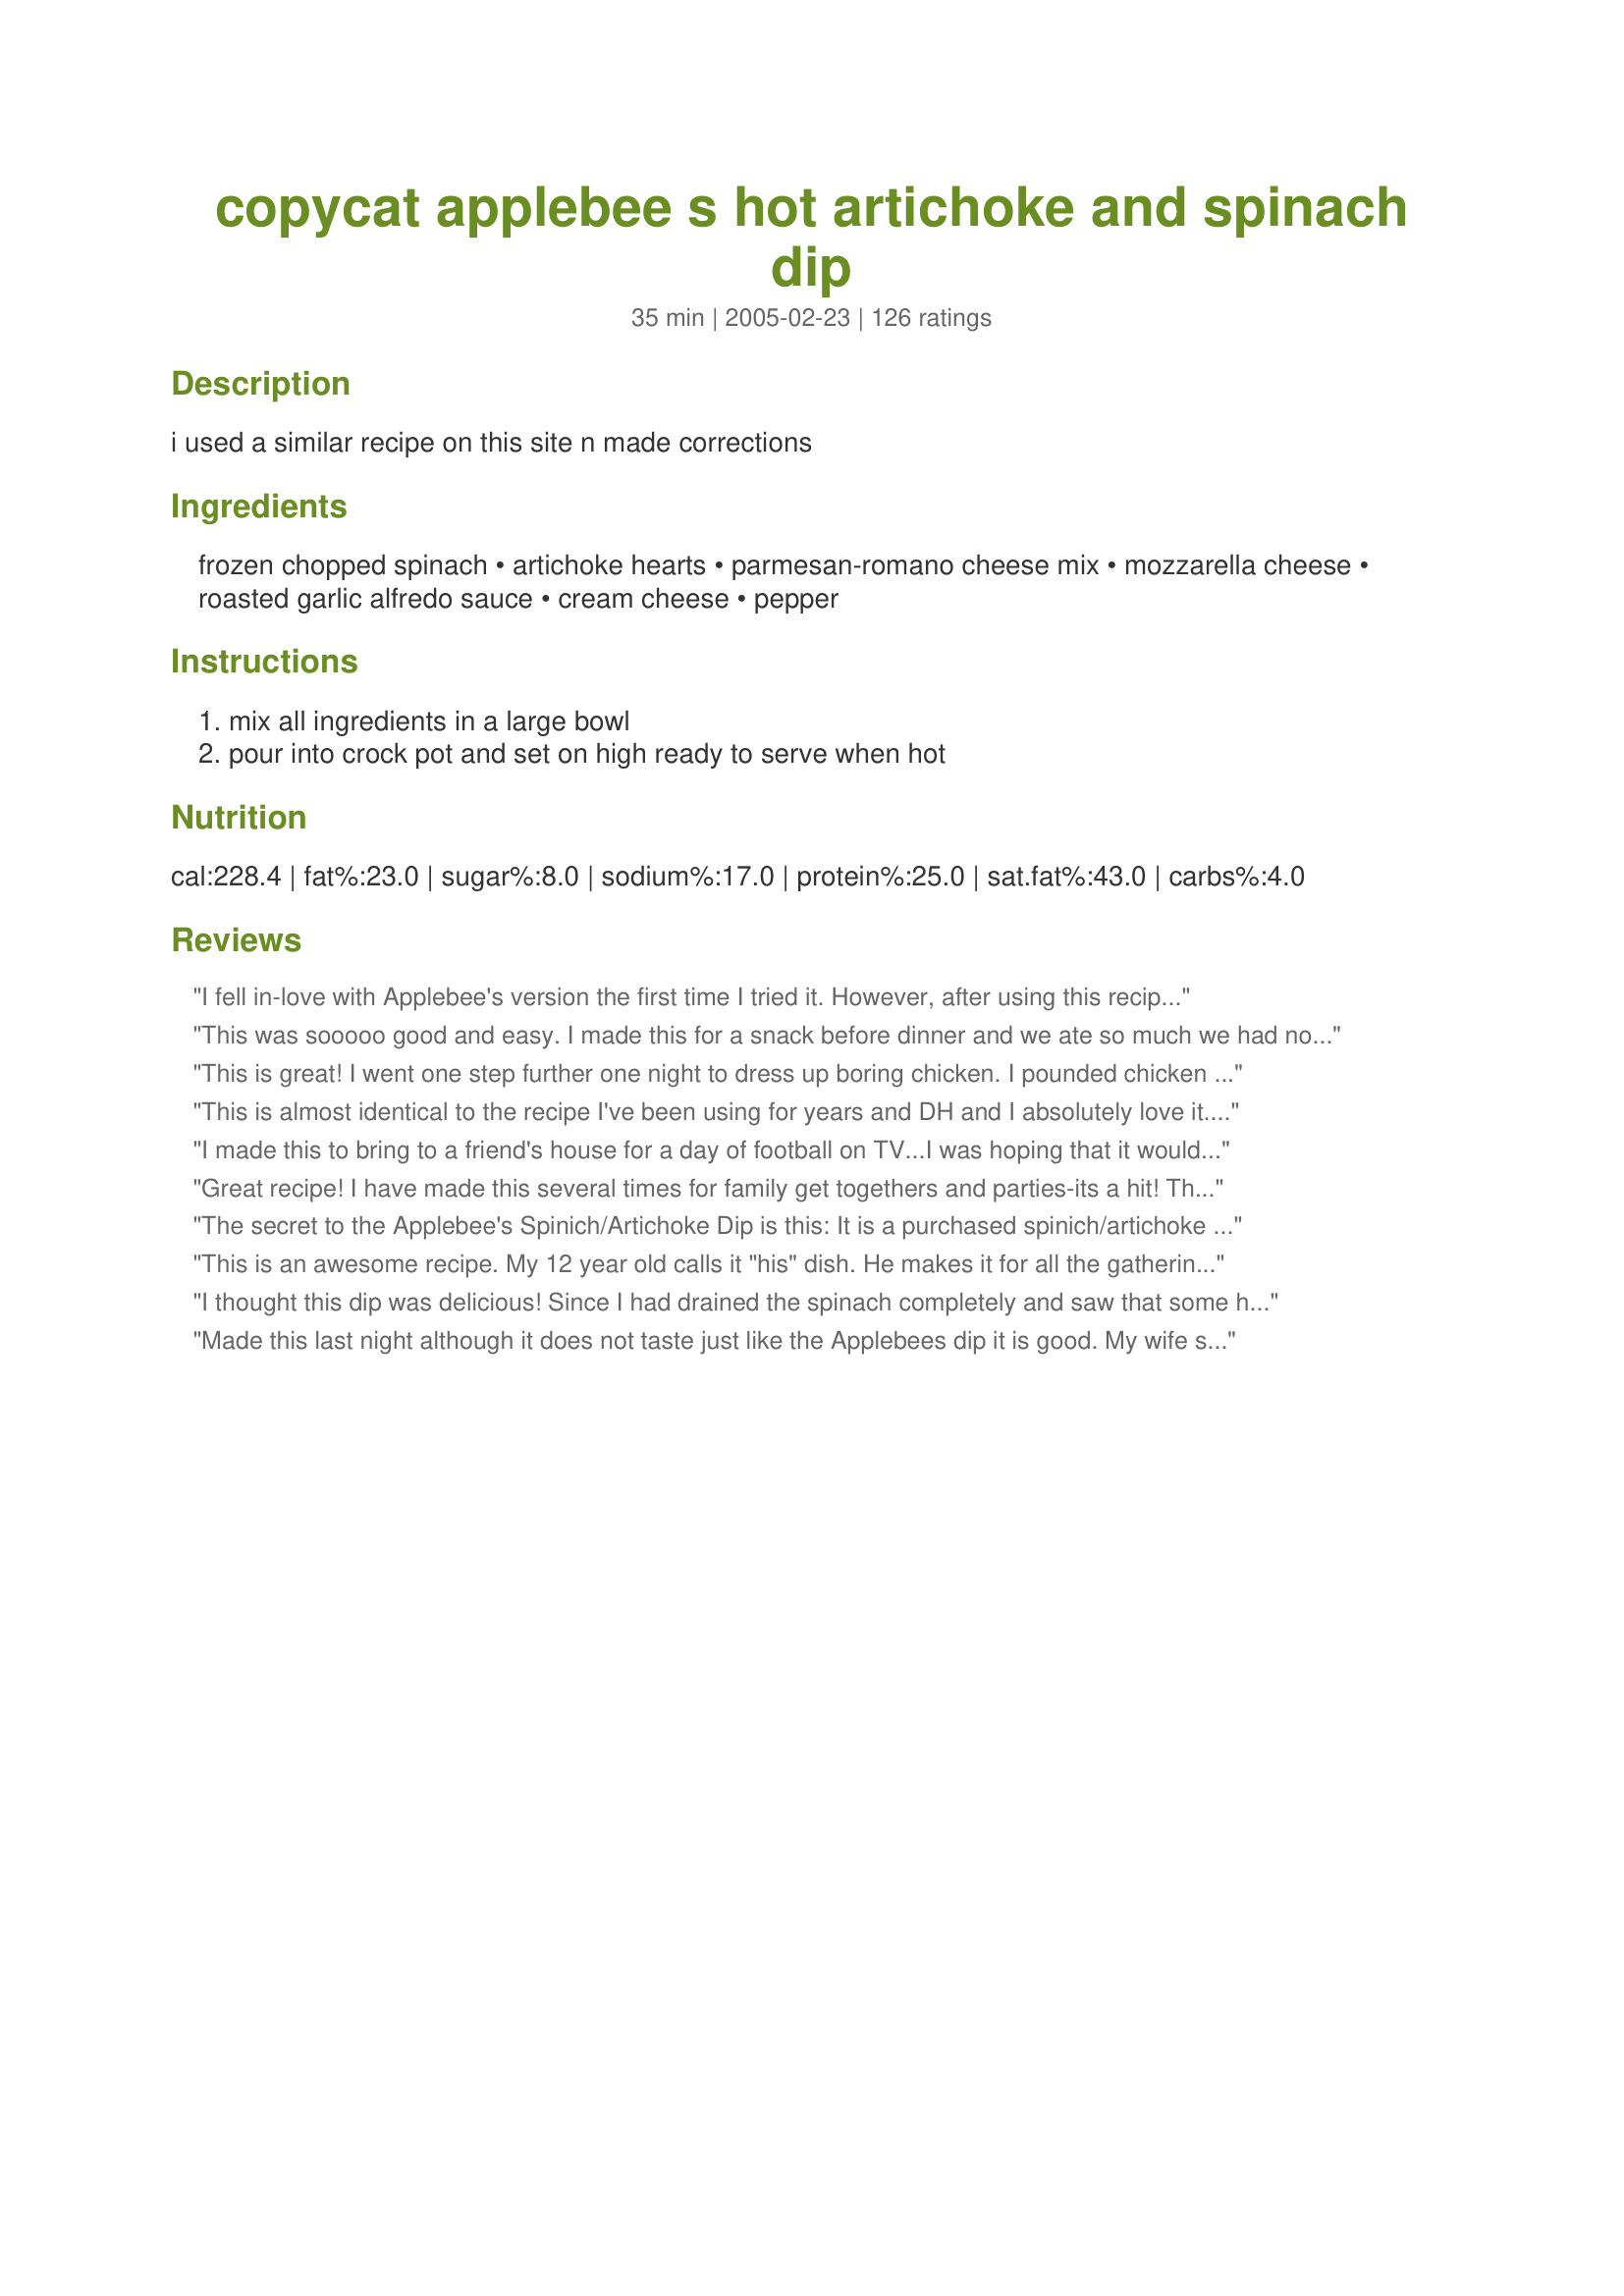
copycat applebee s hot artichoke and spinach dip
Preparation time: 35 minutes

i used a similar recipe on this site n made corrections

Ingredients:
frozen chopped spinach, artichoke hearts, parmesan-romano cheese mix, mozzarella cheese, roasted garlic alfredo sauce, cream cheese, pepper

Steps:
mix all ingredients in a large bowl, pour into crock pot and set on high ready to serve when hot

Reviews:
I fell in-love with Applebee's version the first time I tried it. However, after using this recipe, I realized that this one is soooo much better than the restraunts version. I usually end up doubling the recipe when I have a gathering, and so far, everyone (even those that hate spinach) have loved it.
This was sooooo good and easy. I made this for a snack before dinner and we ate so much we had no room for dinner. lol thanks for a great recipe.
This is great! I went one step further one night to dress up boring chicken. I pounded chicken breasts really thin and then filled them with this dip and rolled them up and baked them topped with swiss cheese and bread crumbs. The anti veggie people in my house loved it. Thanks! Cheryl in NJ
This is almost identical to the recipe I've been using for years and DH and I absolutely love it. I cook everything in a pan on the stove and just when everything comes together and the cheeses have completely melted I give it a very generous dose of lemon juice and a few dashes of tabasco. The lemon juice really brightens it up and gives it a nice little zing against the heaviness of all the chesse and alfredo sauce. Then I put it in an oven-safe bowl and bake in a low oven until I'm ready to serve. Fabulous!!
I made this to bring to a friend's house for a day of football on TV...I was hoping that it would go over well with the men despite it being meat-free, and it did. They DEVOURED this. They kept saying things like, "hope you weren't planning on taking any of this home!" I did mess with the proportions of the ingredients until it had the consistency I wanted, but didn't change any of the ingredients. I added extra cheese and sauce and upped the veggie content a bit. I served it with pita chips. My husband has already asked me to make it again. :)
Great recipe! I have made this several times for family get togethers and parties-its a hit! The first few times I made it, I baked it in the oven then let it sit in the crockpot throughout the party. It was good, but eventually got pretty gross looking. I found that mixing the ingredients and microwaving small batches throughout the party is the way to go. It tastes the same as baking, but you can keep it fresh looking and tasting (not to mention it is a lot easier and quicker!).
The secret to the Applebee's Spinich/Artichoke Dip is this: It is a purchased spinich/artichoke dip with all the ingredients listed PLUS, during the preparation, the prep cook adds 1 additional cup of freshly grated Parmesan Cheese. Also, if not thin enough, adds a little condensed milk or more alfredo sauce to thin to proper consistency.
This is an awesome recipe. My 12 year old calls it "his" dish. He makes it for all the gatherings we have at our house over the past couple of years and it's always a huge hit. I kid you not, I once put it out as an appetizer and by the time I brought the meal to the table people were literally using their fingers on the bottom of the dish to get all the dip out! This is a recipe to try!
I thought this dip was delicious! Since I had drained the spinach completely and saw that some had indicated the recipe was &quot;dry&quot;, I did add a bit of milk to the mixture. It came out perfect! Will definitely be making this dip again!
Made this last night although it does not taste just like the Applebees dip it is good. My wife says it is better that Applebees because it has more flavor. You deiced for yourself.
I made this dip before and it was a big hit. I am making it again for 
Super Bowl Party
Not a hit in my house. Too much cream, not enough spinach. A little bland. Cooked as original recipe instructed.
5 stars by all! DH ate 1/3 himself, ha!
It's the best. My daughter requested artichoke dip for her birthday and I made this recipe and everyone loved it. I had some non dip lovers converted. I mixed all the ingredients up early before the party and then put it in the crock pot on low for 2 hours and it was perfect.
I love the applebee's dip and this is just like it. Unless you're cooking for a crowd, this makes A LOT! I cut it in half. Leftovers are great as a spread on a sandwich.
I found this on the internet &amp; it was very good. Of course I added some asiago, romano and parmesan cheese to make it really sharp. Also, this was a large serving and we had enough for a couple of days/meals.
This is so yummy. I can't stand mayo, so I was very excited to find a recipe that didn't have mayo in it. VERY easy to prepare! I made a triple batch for my sister in laws baby shower (25 people) and it was gone within an hour and just about everyone asked where I found the recipe. :) I know that some people tweeked it a little and I did you an Italian blend cheese instead of just the Parmesan/Romano and that was mostly because it was the only shredded blend with the two that I could find at my grocery store. Turned out to be creamy and had a great flavor. Totally recommend this!! :)
This was great and tasted just like Applebees's! I used canned spinach instead of frozen (that's what I had on stock) and it was just as great. I added a little bit more of all the cheeses because my boyfriend and I love cheese, but this made enough to feed 8-10 people. Also a small frozen version of this at the store was $4, so this was WAY cheaper and WAY better than any frozen dip...we will DEFINITELY be making this again.
I got this recipe from AllRecipes.com years ago, and it's the only one I use! It is THE BEST spinach and artichoke dip hands down!
I have been wanting to try a recipe for this for a very long time. Because the ingredients are expensive I have been incredibly apprehensive about it. I finally gave in and tried this one out of about 4 I found that I liked. I AM SO HAPPY I TRIED THIS!! I added a little bit more garlic and less artichokes, but is was amazing. Thank you so much...everyone must try this!
My own recipe hot artichokes spinach dip recipe blows this one out of the water. This one is boring in comparison. And all restaurants charge a fortune for it, only give you a very small amount, and doesn't taste anywhere near as good as mine!!
As written this recipe is a bit less than stellar, however with a bit of tweaking and subbing the base idea is great. I make this or at least use this base recipe once in a while whenever I get a craving for SA dip. Changes noted below.
Fantastic - and it makes a lot! Good thing!
Not the same as Applebee's, but VERY good!!!!! Super creamy and cheesy!!!! Have made a couple times. Will make again. Have some of the ingredients on hand just for this recipe!
Excellent dip!! My husband and I loved it. I will make this for my next party. THANKS
Have been using this recipe for years to rave reviews!!
This recipe is amazing- and I am OBSESSED with the Applebees version!! Everyone who tries it falls in love with it. I make it for every potluck and party I go to. Its amazing fresh and piping hot, and JUST as good if not better heated up for days!
I've made this 3 times now and love it. It's so hard to stop eating it!
I have made this many times, and it's always a hit! The Alfredo sauce lets you add a lot of flavor and creaminess without too much work! Thanks!!!!
My sister-in-law loves artichoke spinach dip and would use a recipe she had. After reading numerous recipes on this site, I decided to try this out this recipe. I am giving this 5 stars (wish I could give it more). It is creamy, cheesy, and delicious.
I love this recipe! I made it today for a holiday party, and accidently tossed it WAY too much Mozzarella cheese, and it was like a congealed mass. I added another jar of alfredo sauce and another 4 or of cream cheese. It turned out wonderful! I had 6 people ask for the recipe! Oh, I also put the spinach and artichoke hearts together in my food processor before adding them. My kids would never eat spinach because it was so stringy, but this way they ate and complimented me on the dip!

Thanks for a wonderful recipe!!!!!
I used Buitoni's light alfredo sauce (in the refrigerated section), some preshredded romano/pecorino/parmesan cheeses, and then I shredded my own mozzarella. I did not drain the spinach. I microwaved the cream cheese slightly to soften it. I mixed everything with my hands. It was perfect!
wOw!! This recipe is great and extreamly easy!! One thing just make sure you soften the cream cheese for a while because I forgot to do so and ended up with clumps of cream cheese (which I didnt mind) but just incase others do! I will definetly be makeing this over and over again!! thanks for the recipe!
Well, you have accomplished the impossible. You have found a recipe that I love so much that I am willing to join a gym just so that I can continue to inhale it by the chipfull every day. Thanks for sharing this wonderful recipe. I have died and gone to artichoke heaven!
So delicious! I made this tonigt for our Super Bowl buffet table and it was love by all. Thank you for much for sharing this yummy dip with us.
I followed the recipe exactly beyond doubling it. This dip is absolutely incredible! So fast, so easy and way beyond delish! Everyone loved it and when it was gone, they wanted to know if I had more! I am sooo glad there is no mayo in this!!&lt;br/&gt;&lt;br/&gt;Note to self: Triple the recipe at the next Super Bowl Party!!
This is sooo good! It will go quickly and everyone will want the recipe!

I double the ingredients for this the receipe for a gathering that I had. Everyone loved it, including my cousin who loves the Applebee's version. She wanted a copy of this receipe. I would do this receipe again. Thank you!
We LOVE this recipe!! Super easy to make! We double the batch b/c it goes FAST! :)
If this didn't have the artichoke hearts it would taste just like what they make at Cheddars. I again did not use the artichokes and it was still a great dip. This recipe is a keeper.

Made for Fall PAC '07.
This is a very nice tasting dip. I'm not a big fan of strong tasting dips and tried making a different artichoke recipe I ended up thorwing out for that reason. This one is not too strong and not too mild and a great one to fine tune later to your own tastes. Changes I Made: For the alfredo sauce all I used Bertolli Mushroom Alfredo. For the spinach sinced I made half the recipe only I used 1 (14 oz) can of spinach drained very well. That amounts to a little over 1/2 a cup of spinach when drained which was perfect. For the cheese I used a grated Italian mix which had both cheeses in the recipe and one extra, I think it was agasio. Definite keeper, Thanks!
Made two pans of dip for a Christmas gathering with family. It was gone within 20 minutes. Made for Christmas Day with husband and children. This was great!! Will definitely make again.
This is the best recipe ever. I use to go to Applebee's ALL the time to get the spinach artichoke dip, and now since I have found this, I can make it at home with my husband and save SOOOO much money. I love this recipe.
This dip was fantastic, went over all the other dips on New Years Eve!
I loved how it turned out!!
Just as described! Yummy! Took it to a playdate for my son and my friends loved it as much as I did. Will make again!
Delicious and so rich! I'm so glad I found this recipe!
The best dip, of any kind, in the entire universe.
Its easy
Simple
Tastes great.
You will love it
OMG! This recipe had me hooked from the very first time I made it. Apparently I am not the only one either; my friends devoured a double portion in less than a half hour at a Super Bowl party once and every time I make this dip for someone new they hound me to make it again. The only way to get them to leave me alone is to give them this easy and delicious recipe!
My DH loves this Applebee's appetizer, so he was very pleased when I made it for him! Great recipe, and thanks for sharing!
Yep! This is it - so tasty! I made this and used it as a spread for my own version of their Veggie Patch Pizza. This was perfect.
I tried this last night. I am new to cooking and it came out absolutely delicious. It was heavenly!
not sure what went wrong used fresh shredded cheeses but it was a bit sour to me not even close as good as Apple Bees But maybe because wife bought bottled Artichoke hearts or maybe because she cooked it in the crock pot . Oh well it was worth a shot . Next time
I made a spinach/artichoke dip on my own but it was missing something so came here to research and found this recipe. In my version, I sauteed chopped green onions and minced garlic in olive oil, then added thawed chopped spinach and chopped artichoke, 6 ounces cream cheese, 1/2 cup parm/romano grated cheese, 1/4 c bacon bits, 1 chopped baked chicken breast, 3 slices Swiss cheese. Melted all together on stove top. Wasn't creamy enough so added a dollop of sour cream and a big handful of &quot;Italian blend&quot; shredded cheese. Dumped into baking dish and baked at 350 until bubbling through. Had great flavor but not creamy, so going to add some Alfredo sauce to leftover dip. It's just me here and it made about 2 quart, so there's plenty left.
Loved it!! Bring it for Thanksgiving. I also like broiling it for the last 2 minutes. I also recommend chopping the artichokes finally. I also added 1/2 cup of grated Parmesan; it came out great! Very easy receipt! Coming from someone who is not much of a cooker.
I found this recipe a few years ago when I was craving Applebee&#039;s spinach and artichoke dip during my pregnancy and I fell in love with it! Personally I think it&#039;s 100 times better than Applebee&#039;s. I make it all the time now. For parties, tailgates, get togethers or just for dinner when my husband and kids ask for it. I recently used it as a pizza topping and it was HEAVEN!!! Everyone asks me for the recipe whenever I bring it to parties. I&#039;ll recommend this recipe until the day I die.
It was pretty and some liked it fine, but, in general, I wasn't pleased...too salty, too strong a flavor of both spinach & artichoke (and I like both)!
I made this for our Easter Potluck (yesterday), and boy it was gone in less than 30 minutes!! I doubled the recipe to 20 servings. I followed one of the other reviewers tip and broiled the dish at the end for about 2 minutes. I'm more of a garlic person, so next time, I think i'll more garlic. I also used kraft shredded parmesan romano and asiago cheese, just because it sounded good! But overall, it was delicious!!!! I prefer bread than tortilla chips =) Thanks for the recipe!!
It is AWESOME!!! I made it for a cookout I had and my guests couldn't quit eating it!
I love how this has no mayo, this is so delicious!
Wow...this was wonderful!!!
I made this for a baby shower on saturday. I put it together on friday and just baked it before the shower. The only changes I made was to use garlic powder instead of fresh (thought I had some and I didn't). I think next time I will rince off the artichokes before chopping and adding to the dish. I also think I would add a little more alfredo sauce. All in all it was very well recieved and there were no leftovers. <br/>Thanks for such an easy dip!
Made this for a party last night. The dip was gone after 10 minutes and people couldn&#039;t stop talking about how good it was. Now I know to double or triple for next time!
While we enjoyed this spinach dip, after it baked for 25 minutes, I found that it was not as creamy as the restaurant versions. I used the low-fat Ragu Alfredo Sauce, so the next time, I'll use the full-fat version in order to get the creaminess that Applebee's serves.
I have tried other recipes, but this one is hands down my favorite. I follow the recipe, except I put closer to 1 Tbsp of minced garlic. YUM!
Fantastic!! Even better after it sits for a few days. Broiled for the last two minutes to brown the cheese. Just awesome. I'm going to make it for my graduation party too! Thanks!!
**Edit**
I wanted to bring this to work one day but didn't have oven access so I threw all the ingredients in my crockpot and let them go. If I'm in a hurry I'll turn it on high for 30-45 minutes, otherwise it's on low for about an hour, maybe a little more. Very easy and a triple batch fits perfect! Thanks again!
Awesome recipe! We keep this in our rotation of meals! Followed the recipe to the "T" and it was DELICIOUS!...I love it! I had no problem with "prepared alfredo sauce". I tried the nutmeg on top though, and that was disgusting.
Love it! Love it! Love it! When I make this for get together every body is so happy. YOu would think that I just made a really difficult thing.
Perfect! I found this yesterday as I was looking for a good Artichoke Spinach Dip. I made it last night for a football viewing party - everyone loved it. I'm getting ready to send it to at least 4 people! 
Super easy and great tasting with easy to find ingredients. I'm tempted to make it again tonight for myself!
I made this New Year's Eve and everyone loved it. I also had to send the recipe out.

Thanks for sharing = )
This is the best I have taken this recipe to so many parties, and I get the same reaction. Everyone standing over the table at this dish.lol 
I have given this recipe out to so many people its ridiculous.
This is so good!
5 stars from every member of the family!! Now that's a great recipe. I did add some extra garlic, just because we always do. I doubled the recipe and baked in a 8 x 13 pyrex pan for the regular time listed. Turned out perfect.
This is so good, and tastes just like the Applebee's version! One thing I did that made it even better was sprinkling the top with more cheese once it was done cooking, then browning it under the broiler. Delicious!
Good, but definitely not the Applebee's recipe. Used the whole 15oz jar of Bertolli Classic Four Cheese Alfredo Sauce. Only chopped up two artichoke hearts, since I'm not really a fan of them. Added loads of cheese because the one cup was just not enough (used an Italian cheese blend of mozzarella and parmesean and grated pecorino romano). This recipe is a great base to use for your own spin, while cutting down on SOME of the fat from recipes that use Mayonnaise and Sour Cream.
This was fabulous! I had a huge Christmas party and just doubled everything! It was still incredibly easy for such a large group and inexpensive. I just used a fairly deep 9x11 dish and baked it for about 45 minutes. Everyone praised me for bringing it and it was the first thing to go!!!
Made this the other day and it was delicious! Maybe not exactly like Applebee's but very very close. I did add a little more garlic and I didn't squeeze the spinach all the way and the thickness of the sauce was fine. I served the leftovers with a little more Alfredo sauce, some cream and chicken and put over pasta...Wonderful! WIll be making this again. Thank you.
Tastes exactly like Applebee's! Even my child who doesn't like spinach loved this dip!! Thanks so much for posting this recipe!!
Awesome- new family fave !
Very good! I made it in the crockpot and used a Italian cheese blend. Great party food.
this is the best...............
This was a good and easy dip to make. I used only 1/2 the artichoke hearts. I loved the creaminess and added flavor of the alfredo sauce, and I have never seen a recipe call for this ingredient before. It is something I will make again and again.
This was pretty good. I have an old stand by Spinach & Artichoke recipe that I just like better and is slightly easier to make. I did get numerous compliments on this at the shower I brought it to though.
This recipe is ok, I had to throw the first batch out...something about prepared alfredo sauce that tastes bad to me. I made this recipe a 2nd time and instead made my own alfredo sauce with heavy cream, grated fresh parmesean cheese and a dash of nutmeg. The end result was delicious and rich...just what I was looking for. Thanks!
This is absolutely delicious and does taste ALOT like Applebee's! I've tried some of the other spinach artichoke dips on here and they were all thick, sticky and gloppy. This was nice and creamy. I used a jar of Ragu Roasted Garlic and Parmesan Alfredo Sauce. Since I only had the powder Parmesan/Romano i didn't squeeze the spinach dry so it would still be creamy. The only change I made was a little salt. I'll be making this constantly! Thanks for the great recipe!!
Perfect!
We love this recpie. Applebee's has a fabulous appetizer pizza made on what might be a flour tortilla that uses this as the sauce and tops it with fresh tomatoes, herbs and ?? I forget. My kids will eat one each.
This was excellent. I used dried Parmesan cheese (you know-the shake-kind) and added a bit more alfredo sauce, spinach and artichokes, due to the sizes available.
 Re-heats well in micro-wave. (I hid some just for ME!)Do not expect left-overs.
I wish I could write a review on how this dip tasted but my guests all devoured it before I got the chance to taste it. So thusly I am going to make it again so I can try it. I really like the fact there is no heavy mayo in the recipe, it sure smelt and looked tasty my friends thank you!!
Family always requests me to make this for get togethers! I will NEVER try a different spinach dip recipe again!!!! I have also made this with low fat ingredients and no one can tell :)
Took this dip along with several other dishes for Easter, was busy playing with grandbaby, and when I went to join everyone eating, I noticed they did not have the bagel chips on their plates. I mentioned that it was a dip, and they all laughed and said, yeah, it works real well when I dip in my fork and eat it! They were not even bothering with the chips it was soooo good. But I made a double batch and so then we ate that with the chips, everyone LOVED it !This will be the recipe I use from now on, I have tried others but this is the best!!! Thankyou soo much!
This turned out wonderful for my Superbowl party. However, I felt it may have been missing something... maybe it was just a little bit more garlic? Not sure. It was just a little too plain but still very good. Also, it is a great idea to broil the dip in the oven for the last 1 to 2 mins to brown the top. It was delicious and a lot like Applebee&#039;s indeed!
I have been looking for a recipe that does not use mayo for the longest time. I know it's safe and all but the idea grosses me out. I was excited to find this copy cat. I'm very picky when it comes to Spinach and Artichoke dip and Applebees is among my list of favs. I have tried many homemade ones that others have made and they are always super oily and taste nothing like the restaurant version. I was skeptical when I tried making this earlier today. I pulled it out of the oven and it looked gorgeous! Not to mention it tasted AWESOME!!! Even my husband who is not as big of a fan of spinach and artichoke dips loved it! I can not thank you enough for sharing this fabulous recipe. I now can skip applebees curb take-out and make it myself!!! :) 

Update to review on 7/19/2009:

I recently got the idea to cook up some chicken breast (I seasoned it with garlic, and cajun seasoning) then added an extra 10 ounces of alfredo sauce. I also added a box of penne rigate pasta, and mixed it all together in a large lasagne pan. I baked it as per the normal directions, stirred it, and then topped with extra cheese half-way through. The pasta turned out amazing! It is now a household staple. :)
Awesome! I'd made a different recipe last week (one with a greater number of ratings, actually) and this one was far better. I upped the artichoke, garlic, and mozzarella because I never feel these dips have enough artichoke, and I love garlic, and who doesn't love a cheesy dip?
Great dip... I substituted collards for the spinach, everyone loved it.
Absolutely wonderful dish!! My friends downed the whole thing in a short amount of time. I will definitely do it again!!
I have been making this recipe for almost 2 years. It is our FAVORITE spinach and artichoke dip. I add a little extra alfredo sauce and extra garlic to it every time, but other than that the recipe stands as is!
Doesn't taste exactly like applebees, but is better!! This is about 1/4 of what I made, and I broiled it in this dish after topping with more cheese for about 3 minutes. It took about 45 minutes to bake before thoroughly cooked and not 30. It could be because I didnt thaw the spinach or the dish I used. I also used freshly shredded cheeses and not pre shredded, I used 1/2 cup parm 1/2 cup romano and 1/2 mozzarella cheese that I shredded myself. A+.
The is excellent!!!! I made this for the first time and the whole family loved it. I used Kraft Parmesan, Romano Asiago shredded cheese and followed the rest of the recipe to the core. I left out pepper and it turned out awesome.
We eat at Applebee's on family get togethers, Everyone loved this version..
I just love Applebees Spinach & Artichoke dip, and I made this this afternoon and my husband and I loved it.
Super delicious and almost identical to Applebee&#039;s! I love Applebee&#039;s spinach and artichoke dip but don&#039;t really like the rest of their food and I&#039;ve tried other restaurant versions and it&#039;s just not the same. Tried out the recipe tonight with the hubby and have tons of leftovers which I&#039;m sure will heat up again just fine. Didn&#039;t have parmesan-romano blend just reguar parmesan so I just used an extra 1/2 cup of mozzarella and 1/2 cup less of parmesan. It turned out fantastic and we both loved it! Definitely will make again!
I have tried a few recipes for this dip, and this one is by far the closest to Applebees, and it is the tastiest one. I had a party this weekend where I served this, and it was literally inhaled.
Dee-lish! I added some chopped jalapenos because my family likes it spicy. Brought leftovers to work and it was a hit.
Just as good as Applebees, everyone loved it
If you are taking this dip to a party double the recipe! It disappears within 10 mins. Great tasting!
I think this recipe is extremely close to tasting like Applebees', which is my favorite place to get this dip. I was suprised at how great it came out....Thanks for sharing!!
My family and I love Applebees spinach dip, so when I saw this recipe, I was knew I had to try it. It is very simple to make and its delicious. We were all impressed with the taste. Perfect replica. For the next party, I will volunteer to bring this dip.
I did this recipe for my boyfriend, and he loved it. I followed all steps and it came out really good.
thanks so much for this recipe. Its amazing. I usually make it for company and they are always fighting over it. They can never seem to get enough.
I've not tasted the Applebee's dip but my daughter has and loves it. She loves this tasty version (so do I) just as well and is thrilled that I found such a similar recipe. No-Cream Alfredo Sauce #128560 (kept at thick consistency) worked excellently as one ingredient in this Hot Artichoke and Spinach Dip. Thanks for sharing a great recipe!
So delicious!! I brought this dip to a super bowl party and everyone loved it! I followed the directions exactly, and it was wonderful!!! Thanks so much for sharing this recipe! I will be making this often!!
Absolutely delicious! I didn't realize it made so much until after I had mixed it, but I've got leftovers this way! Good news--it reheats wonderfully. I gave a bit to my boss, and she liked it so much she called me up at work after she had left to tell me how much she liked it; definitely a success!
Followed the recipe exactly; best spinach and artichoke dip recipe I've tried so far. I liked it much better the the highest rated recipe on this site (uses mayo, ugh, yuck). Added some salt because I used Trader Joe's Alfredo sauce and they're usually a bit bland for my taste (but perfect to season perfectly to my taste).
IMHO, this recipe is tastier than what I have been served at Applebee's. It was quick, easy and delicious. I topped it with a little extra Parmesan, but otherwise followed the recipe exactly.
pretty darn close. very pleased
This was great- very close to Applebee's & better than other recipes I've tried.
I wasn't sure if this was going to turn out well or not but it was gone before I knew it. lol. I did change it a little. I added 3/4 more spinach, 4 oz more cream cheese, and after I put it in the 8X8 dish I topped it off with a little more mozzarella cheese and a sprinkle of Parmesan and Romano Cheese. All in all I think I might have to make more next time because the look on everyone's was was that they wanted more.
I cooked this tonight and my husband and I LOVED IT! I think I like it better than the restaurant one. I had most of the ingredients on hand and just had to pick up a few at the store. It makes plenty! I'll be happily eating it all week! Thank you so much for this recipe! It's much better than paying all that money for a small portion of it when I can just make it all myself cheaper!
Made this tonight, and it was a HUGE hit. Even people who were reluctant to try it ended up loving it. Next time I'm going to have to double the recipe because this batch was gone as soon as I took it out of the oven. It does taste like Applebee's, in fact I think it is a little better. Great recipe!
I think it's funny when people alter the recipe from what is stated then take stars off when it doesn't turn out right! This is a great recipe! We all loved it, but then again we followed the recipe as stated.
I thought it was a little bland, but it might have been the alfredo sauce I used. I will definitely try it again with different sauce. I blended up the leftovers with some extra milk and poured it over noodles the next day. The kiddos loved it (I did not tell them why the sauce was green though = ). My 3yr old DS even asked for it for dinner!!
Very similar to Applebee's. It was good, but both the husband and I felt like there wasn't quite enough zing.. not much artichoke flavor. It was very easy to make, but I think I'll go back to my regular recipe.
great my family and friends loved it!
This dip is amazing, even tastier than Applebee's. The first time I made it, I squeezed the moisture out of the thawed spinach, which made the dip WAY too thick and dry. Now I don't drain/squeeze the spinach at all, and the consistency is perfect.

I do everything as directed, except I usually sprinkle a little more parmesan cheese and some chopped red onion on top of the dip when it comes out of the oven. Everyone loves this dip; it's absolutely addictive!
I made this dip for Christmas. Everyone loved it! I had requests for more the next day. The only change I made was adding more cheese on top.
